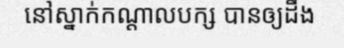
នៅស្នាក់កណ្តាលបក្ស បានឲ្យដឹង